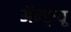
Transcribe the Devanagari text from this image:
ॲन्ड्र्‍यू